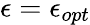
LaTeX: \epsilon=\epsilon_{opt}